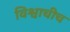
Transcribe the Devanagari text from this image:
विश्वाचीच